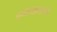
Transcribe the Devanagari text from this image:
द्रव्यमानाच्या